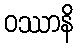
ဝဿာနိ